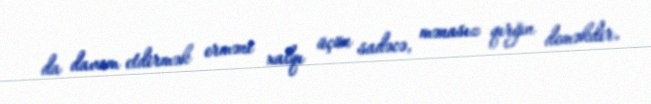
da davam etdirmək erməni xalqı üçün sadəcə, mənasız qırğın deməkdir.